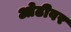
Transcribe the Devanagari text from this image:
ओढीवर